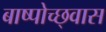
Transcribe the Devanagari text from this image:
बाष्पोच्छ्‌वास